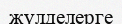
жүлделерге